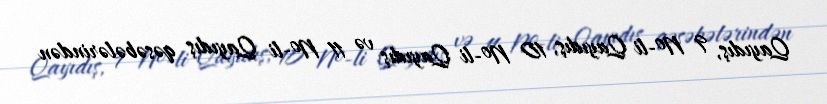
Qayıdış, 9 №-li Qayıdış, 10 №-li Qayıdış və 11 №-li Qayıdış qəsəbələrindən